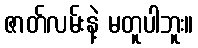
ဇာတ်လမ်းနဲ့ မတူပါဘူး။